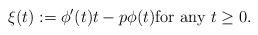
LaTeX: \begin{align*} \xi(t) := \phi^\prime(t)t - p \phi(t) \textrm{for any } t\geq 0.\end{align*}